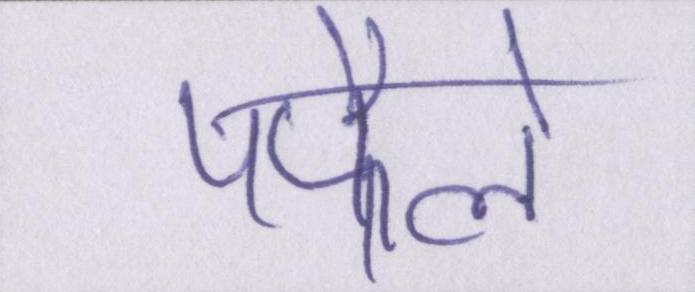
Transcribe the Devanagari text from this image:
पफैले